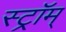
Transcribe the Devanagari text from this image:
स्ट्रॉम्‌